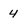
Character: 4